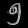
Digit: ၅